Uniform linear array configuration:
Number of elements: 32
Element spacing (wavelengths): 1
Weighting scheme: kaiser
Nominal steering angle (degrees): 45
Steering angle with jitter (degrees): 44.256
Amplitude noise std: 0.05
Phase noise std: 0.05

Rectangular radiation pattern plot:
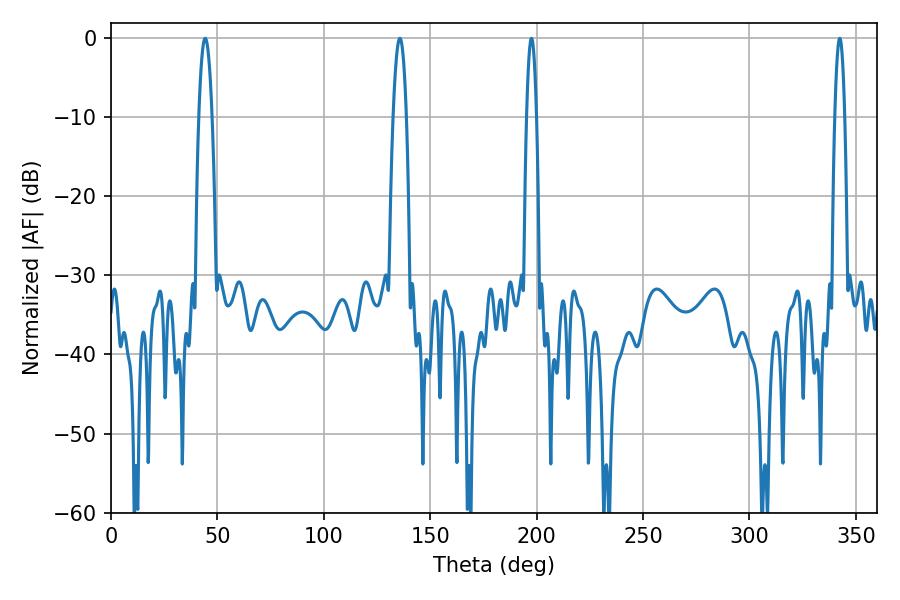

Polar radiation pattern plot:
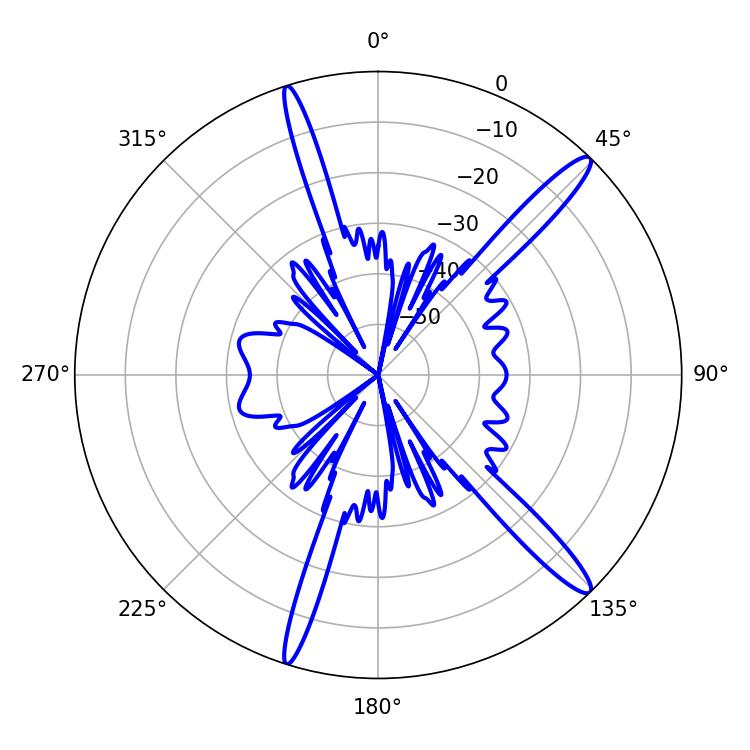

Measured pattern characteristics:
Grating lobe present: TRUE
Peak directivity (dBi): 15.117
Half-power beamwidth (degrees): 3.42
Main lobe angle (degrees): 44.28